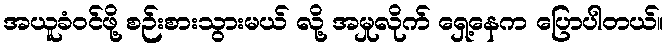
အယူခံဝင်ဖို့ စဉ်းစားသွားမယ် လို့ အမှုလိုက် ရှေ့နေက ပြောပါတယ်။